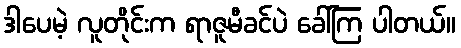
ဒါပေမဲ့ လူတိုင်းက ရာဇူမီခင်ပဲ ခေါ်ကြ ပါတယ်။